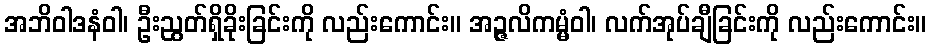
အဘိဝါဒနံဝါ၊ ဦးညွတ်ရှိခိုးခြင်းကို လည်းကောင်း။ အဉ္ဇလိကမ္မံဝါ၊ လက်အုပ်ချီခြင်းကို လည်းကောင်း။